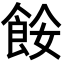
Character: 𩛅